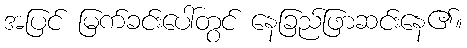
အပြင် မြက်ခင်းပေါ်တွင် နေခြည်ဖြာဆင်းနေ၏။